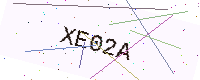
Text: XE02A